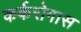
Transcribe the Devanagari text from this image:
कर्करोगास